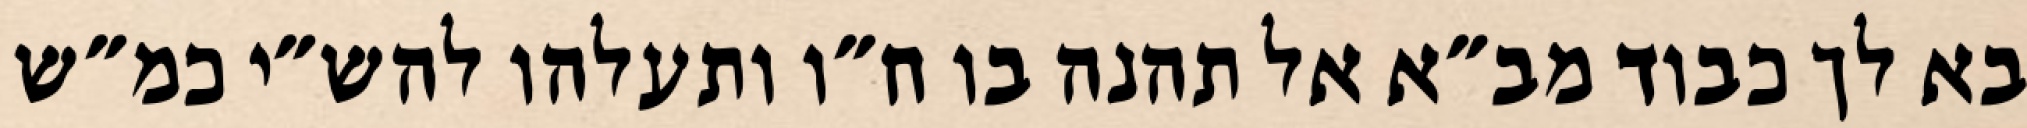
בא לך כבוד מב״א אל תהנה בו ח״ו ותעלהו להש״י כמ״ש